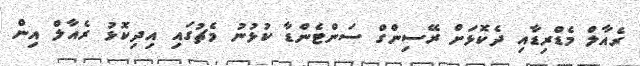
ރެއާލް މެޑްރިޑާއި ދެކޮޅަށް ރޭސިންގް ސަންޓެންޑާ ކުޅުނު މެޗުގައި އިދިކޮޅު ރެއާލް އިން